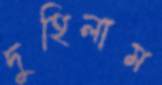
দুহিলাম